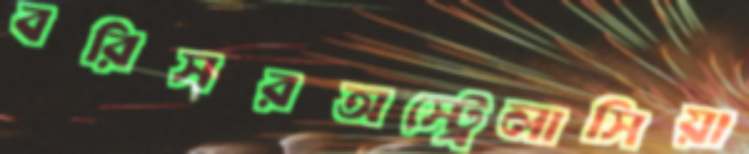
বরিসরঅস্ট্রেলাসিয়া